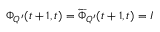
\Phi _ { Q ^ { \prime } } ( t + 1 , t ) = \overleftarrow { \Phi } _ { Q ^ { \prime } } ( t + 1 , t ) = I